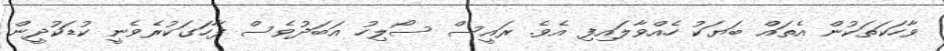
ވާހަކަތަކުން އެތައް ބަޔަކު ހެއްވާލައިފި އެވެ. ރައީސް ސޯލިހު އަބަދުވެސް ފާހަގަކުރެވެނީ ކުޑަކުދީން